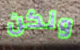
ولكن